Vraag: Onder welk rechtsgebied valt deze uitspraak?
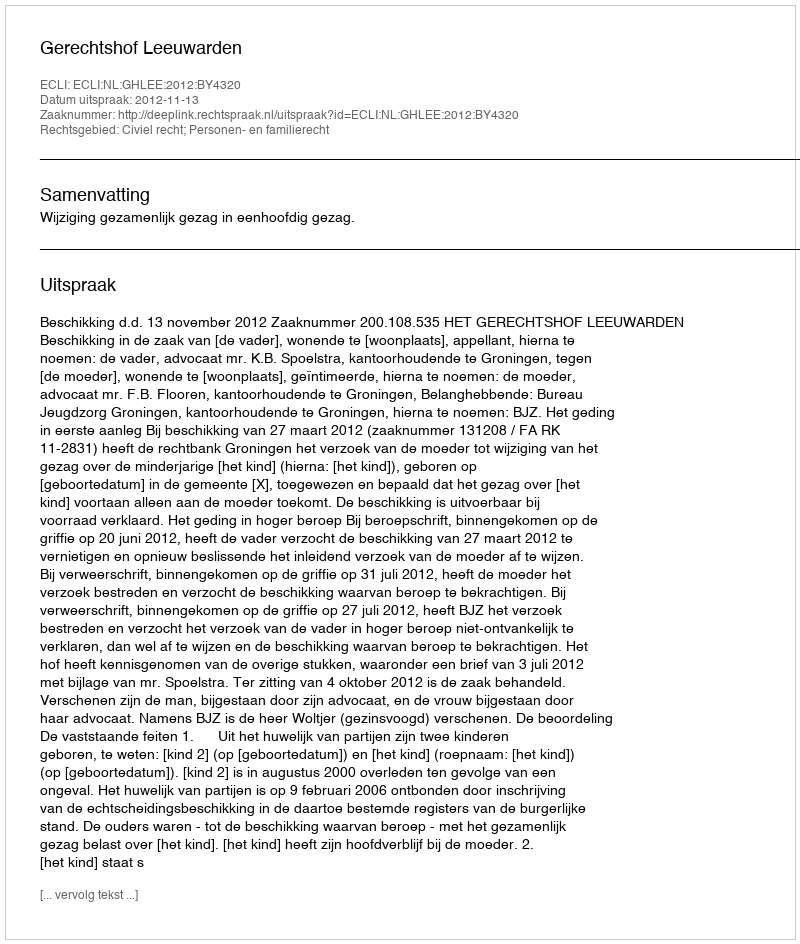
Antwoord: Civiel recht; Personen- en familierecht